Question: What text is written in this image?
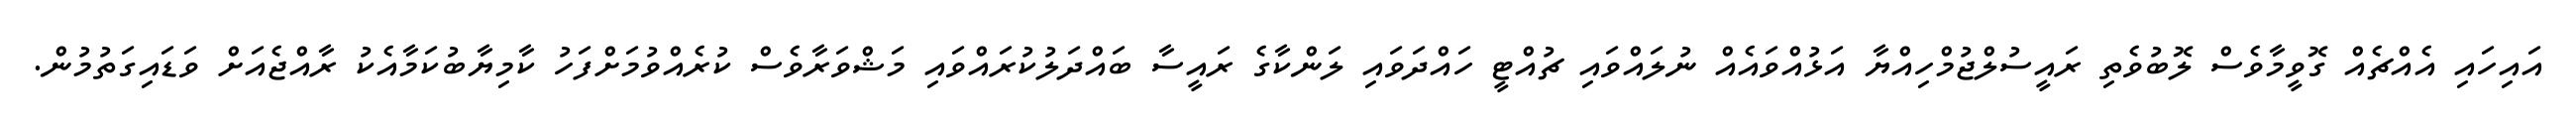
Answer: އައިހައި އެއްޗެއް ގޮވީމާވެސް ލޮބުވެތި ރައީސުލްޖުމްހިއްޔާ އަޅުއްވައެއް ނުލައްވައި ޗުއްޓީ ހައްދަވައި ލަންކާގެ ރައީސާ ބައްދަލުކުރައްވައި މަޝްވަރާވެސް ކުރެއްވުމަށްފަހު ކާމިޔާބުކަމާއެކު ރާއްޖެއަށް ވަޑައިގަތުމުން.